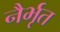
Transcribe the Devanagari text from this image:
नैर्भृत